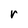
Character: r